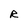
Character: R